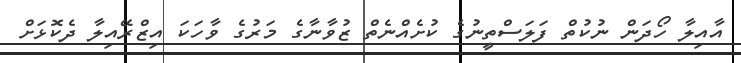
އާއިލާ ހޯދަން ނުކުތް ފަލަސްތީނުގެ ކުށެއްނެތް ޒުވާނާގެ މަރުގެ ވާހަކަ އިޒްރޭއިލާ ދެކޮޅަށް